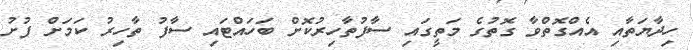
ހިދާޔަތާއި އެއްގޮތްވާ ގޮތުގެ މަތީގައި ސާފުތާހިރުކޮށް ބަހައްޓައި ސާފު ތާހިރު ކަމަށް ފުށު